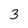
Character: 3